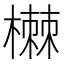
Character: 𰘥